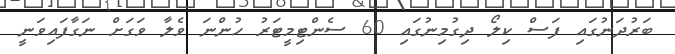
ބަރުދަނުގައި ފަސް ކިލޯ ދިގުމިނުގައި 60 ސެންޓިމީޓަރު ހުންނަ ވެލާ ވަގަށް ނަގާފައިވަނީ